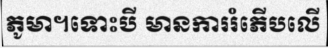
ភូមា។ទោះបី មានការរំភើបលើ